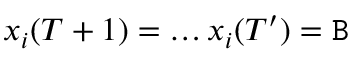
x _ { i } ( T + 1 ) = \ldots x _ { i } ( T ^ { \prime } ) = \mathtt { B }